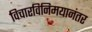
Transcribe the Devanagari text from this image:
विचारविनिमयानंतर